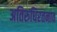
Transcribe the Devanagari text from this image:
अतिरुधिरतनाव